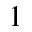
1